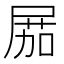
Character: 𡲢